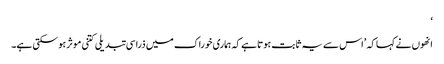
‘
انھوں نے کہا کہ ’اس سے یہ ثابت ہوتا ہے کہ ہماری خوراک میں ذرا سی تبدیلی کتنی موثر ہوسکتی ہے۔